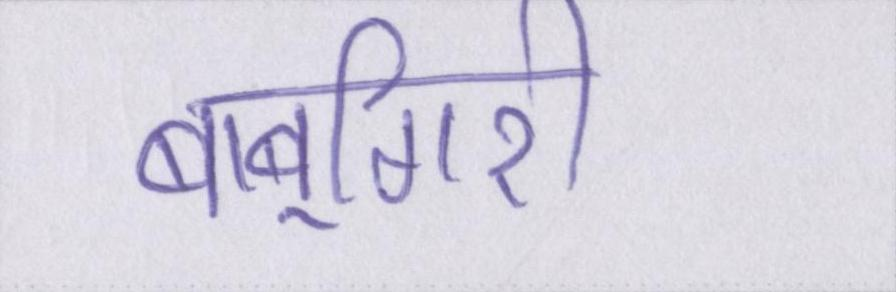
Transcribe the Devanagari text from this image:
बाबूगिरी